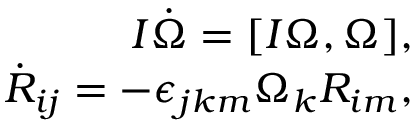
\begin{array} { r } { I \dot { \boldsymbol \Omega } = [ I { \boldsymbol \Omega } , { \boldsymbol \Omega } ] , } \\ { \dot { R } _ { i j } = - \epsilon _ { j k m } \Omega _ { k } R _ { i m } , } \end{array}